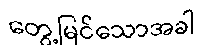
တွေ့မြင်သောအခါ